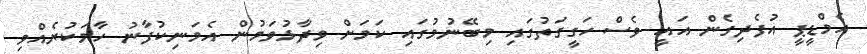
އެމްޑީޕީ އުފެދިގެން އައީ ވެސް ހަގީގަތުގައި މިބޭނުމުގައި ކަމަށް ވިދާޅުވަމުން އެމަނިކުފާނު ހާމަކުރެއްވި